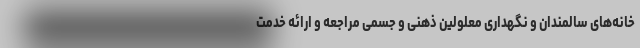
خانه‌های سالمندان و نگهداری معلولین ذهنی و جسمی مراجعه و ارائه خدمت